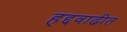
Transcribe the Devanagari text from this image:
हद्दवाढीत